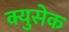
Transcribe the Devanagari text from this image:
क्युसेक